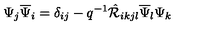
\Psi _ { j } \overline { { \Psi } } _ { i } = \delta _ { i j } - q ^ { - 1 } \hat { { \cal R } } _ { i k j l } \overline { { \Psi } } _ { l } \Psi _ { k }